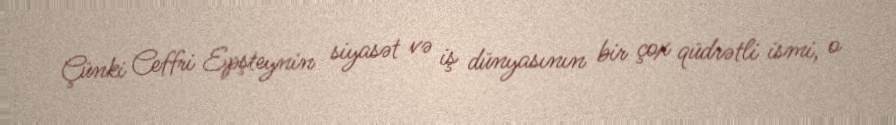
Çünki Ceffri Epşteynin siyasət və iş dünyasının bir çox qüdrətli ismi, o